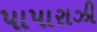
પાપારાઝી